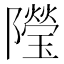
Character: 𨽓